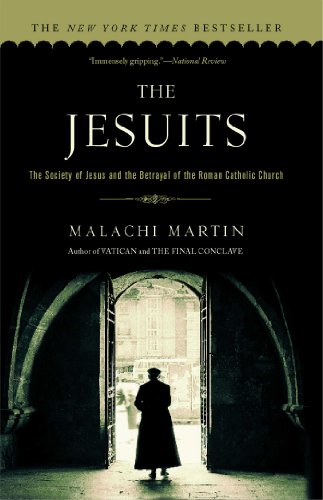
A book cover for The Jesuits; Malachi Martin; Christian Books & Bibles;